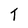
Character: T